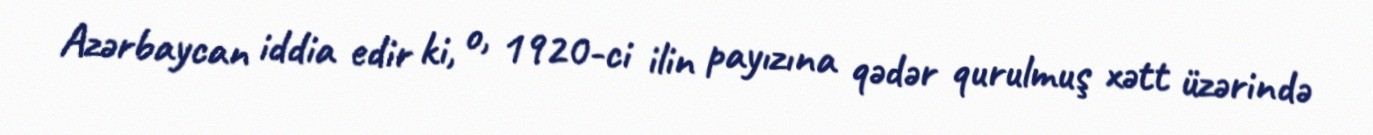
Azərbaycan iddia edir ki, o, 1920-ci ilin payızına qədər qurulmuş xətt üzərində